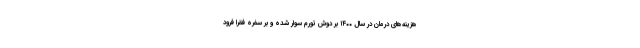
هزینه‌های درمان در سال ۱۴۰۰ بر دوش تورم سوار شده و بر سفره فقرا فرود